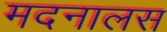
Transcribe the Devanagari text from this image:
मदनालस